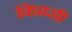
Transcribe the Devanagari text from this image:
विप्रासी